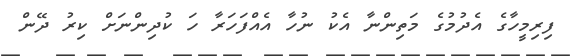
ފިރިމީހާގެ އެދުމުގެ މަތިންނާ އެކު ނުހާ އެއްފަހަރާ ހަ ކުދިންނަށް ކިރު ދޭން